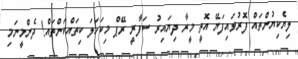
ލިޔެކިޔުންތައް ފޮރުވައިފަޔޭ އޮތީ މީރާ ދިޔައިރު ސަފާރީ ރޭޕް މިކަހަލަ ކިތައްކަންތައް! ދެންމީނަމި